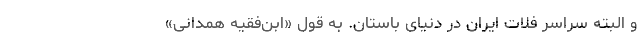
و البته سراسر فلات ایران در دنیای باستان. به قول «ابن‌‌فقیه همدانی»